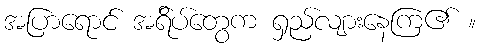
အပြာရောင် အရ်ိပ်တွေက ရှည်လျားနေကြ၏ ။